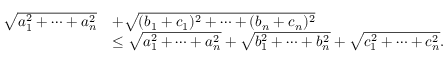
\begin{array} { r l } { \sqrt { a _ { 1 } ^ { 2 } + \cdots + a _ { n } ^ { 2 } } } & { + \sqrt { ( b _ { 1 } + c _ { 1 } ) ^ { 2 } + \cdots + ( b _ { n } + c _ { n } ) ^ { 2 } } } \\ & { \leq \sqrt { a _ { 1 } ^ { 2 } + \cdots + a _ { n } ^ { 2 } } + \sqrt { b _ { 1 } ^ { 2 } + \cdots + b _ { n } ^ { 2 } } + \sqrt { c _ { 1 } ^ { 2 } + \cdots + c _ { n } ^ { 2 } } . } \end{array}